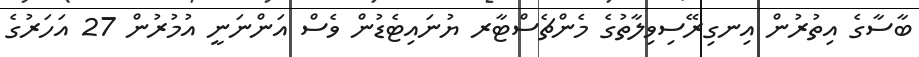
ބާސާގެ އިތުރުން އިނގިރޭސިވިލާތުގެ މެންޗެސްޓާރ ޔުނައިޓެޑުން ވެސް އަންނަނީ އުމުރުން 27 އަހަރުގެ